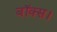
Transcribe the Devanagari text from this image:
बॉक्स।